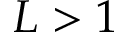
L > 1